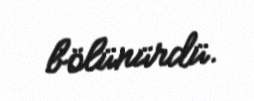
bölünürdü.